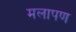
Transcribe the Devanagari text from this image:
मलापण